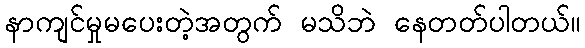
နာကျင်မှုမပေးတဲ့အတွက် မသိဘဲ နေတတ်ပါတယ်။